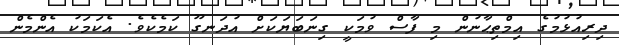
ދިރިއުޅުމުގެ އިމްތިޙާނުން މި ފާސް ވުމަކީ ގިނަބަޔަކަށް އުދަނގޫ ކަމެކެވެ. އެކަމަކު އެންމެން